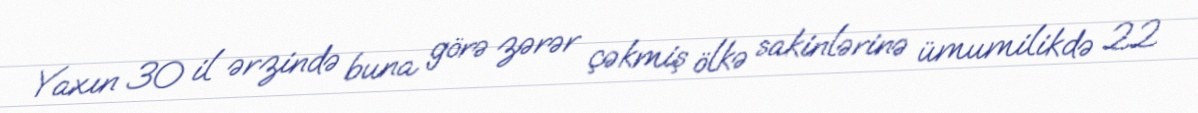
Yaxın 30 il ərzində buna görə zərər çəkmiş ölkə sakinlərinə ümumilikdə 22